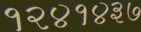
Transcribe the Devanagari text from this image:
१२४१४३७